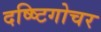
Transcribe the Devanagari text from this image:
दष्ष्टिगोचर